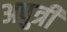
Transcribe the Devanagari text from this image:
अपुत्री